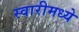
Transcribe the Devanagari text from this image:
स्वारीमध्ये